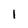
Character: i